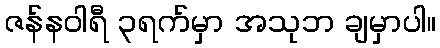
ဇန်နဝါရီ ၃ရက်မှာ အသုဘ ချမှာပါ။